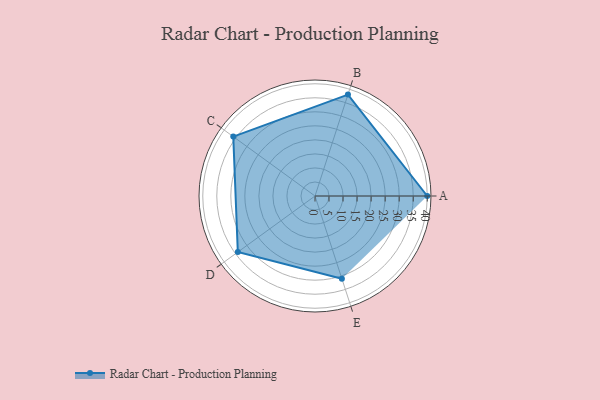
{"axis": {"x": "Skill", "y": "Score"}, "legend": ["Profile"], "data": [{"x": "A", "y": 40.0, "type": "Profile"}, {"x": "B", "y": 38.0, "type": "Profile"}, {"x": "C", "y": 36.0, "type": "Profile"}, {"x": "D", "y": 34.0, "type": "Profile"}, {"x": "E", "y": 31.0, "type": "Profile"}]}